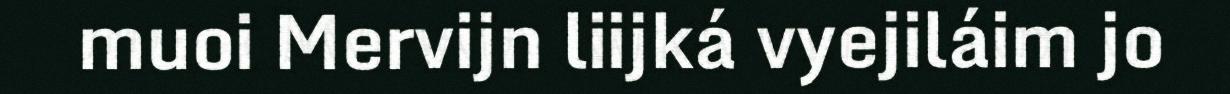
muoi Mervijn liijká vyejiláim jo